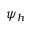
\psi _ { h }